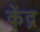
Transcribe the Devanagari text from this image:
केंद्र